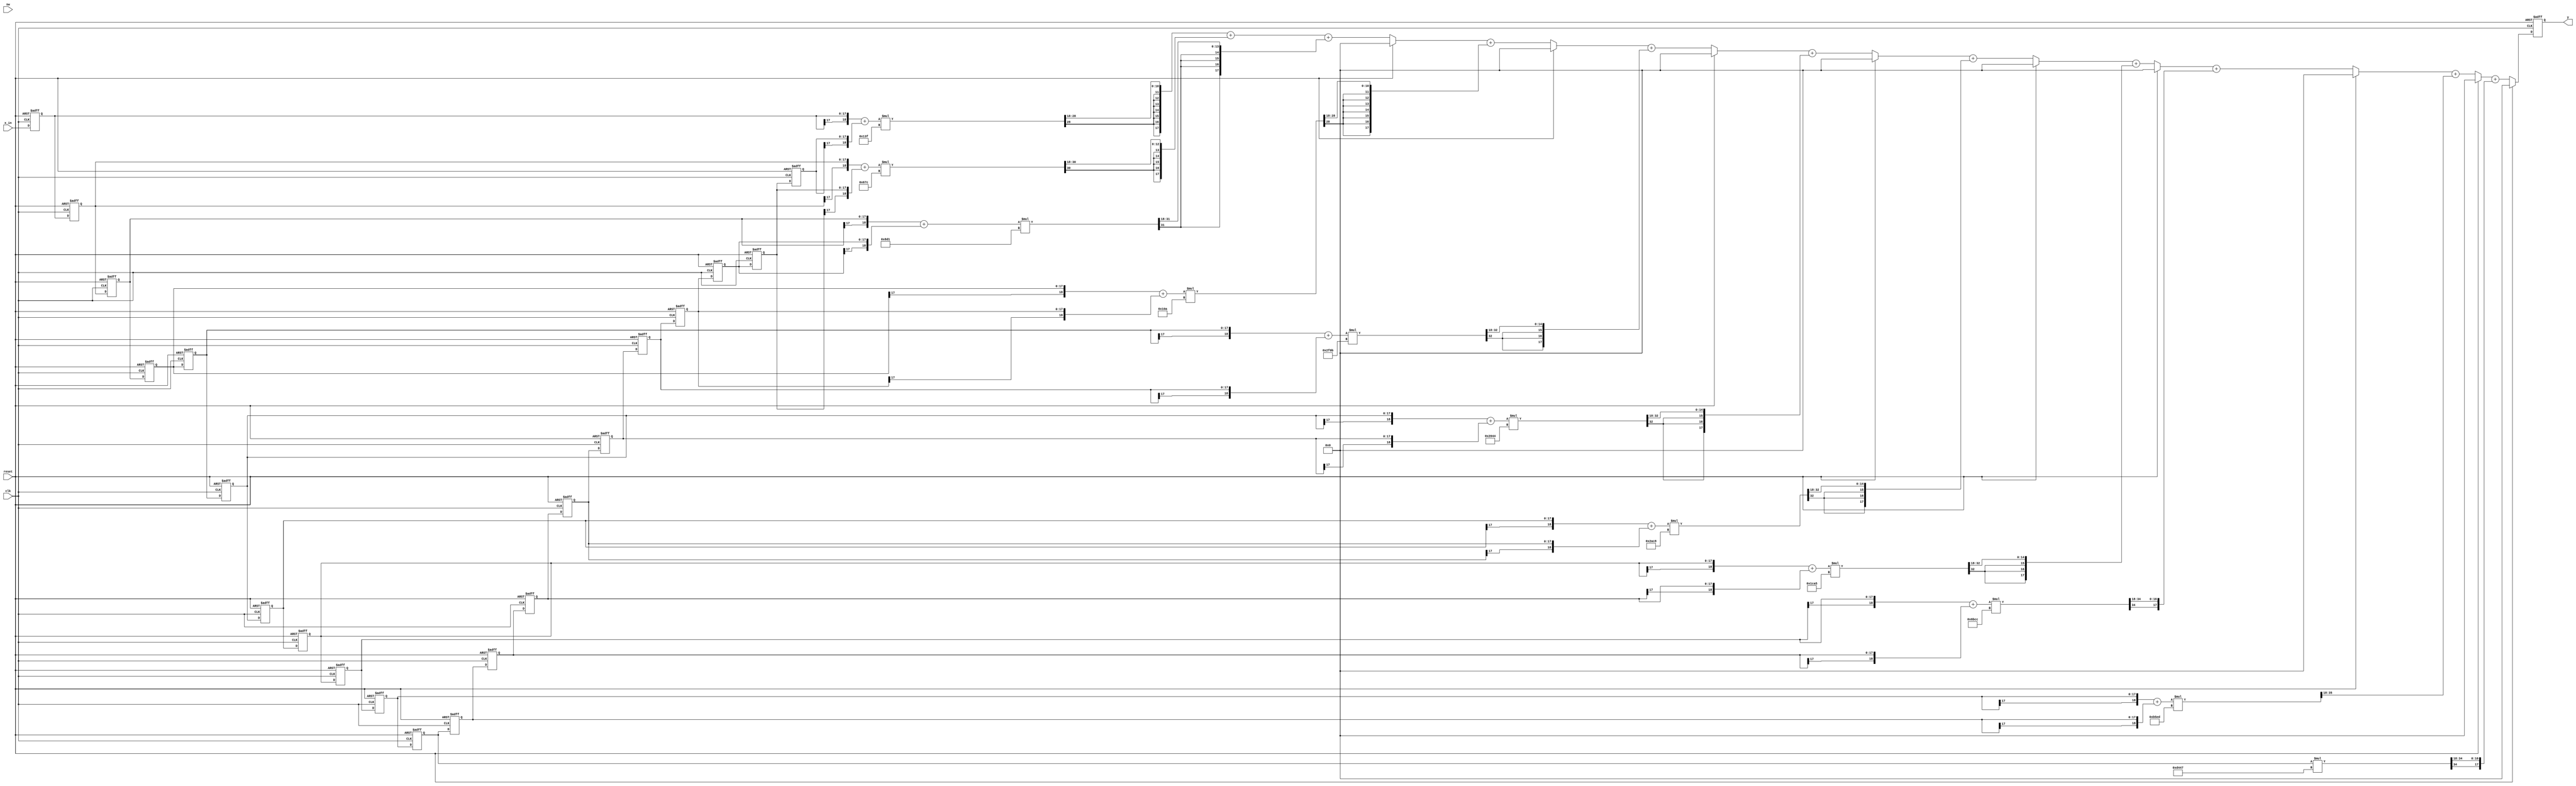
module srrc_filter( input clk, reset,
							input [1:0] sw,
                    input signed [17:0] x_in, //1s17
                    output reg signed [17:0] y); //1s17);



// create array of vectors
integer  i;
reg signed [17:0] x[20:0]; // for 21 coefficients
reg signed [18:0] sum_level_1[10:0];
reg signed [17:0] sum_out[9:0];
reg signed [36:0] mult_out[10:0]; // 1s35 but changed to 2s35
reg signed [17:0] b[10:0]; // coefficients

always @ (posedge clk or posedge reset)
    if(reset)
        x[0] <= 0;
    else
        x[0] <= x_in;

always @ (posedge clk or posedge reset)
    if(reset) 
    begin
        for(i=1; i<21; i=i+1)
            x[i] <= 0;
    end
    else
    begin
        for(i=1; i<21; i=i+1)
            x[i] <= x[i-1];
    end


// add values the require the same coefficients
always @ *
begin
    for(i=0; i<=9; i= i+1)
    sum_level_1[i] <= {x[i][17], x[i]} + {x[20-i][17], x[20-i]}; // sign extend to see whats up 2s17
end

// center value
always @ *
    sum_level_1[10] <= {x[10][17], x[10]};


// multiply by coefficients
always @ *
begin
    for(i=0; i <= 10; i=i+1)
    mult_out[i] <= sum_level_1[i] * b[i]; 
end

// sum up mutlipliers
always @ *
if (reset)
    for (i = 0; i <=9; i=i+1)
        sum_out[i] = 18'sd 0;
else
    begin
        sum_out[0] = mult_out[0][35:18] + mult_out[1][35:18];
        for(i = 0; i <=8 ; i=i+1)
            sum_out[i+1] <= sum_out[i] + mult_out[i+2][35:18]; 
    end
    

always @ (posedge clk or posedge reset)
    if(reset)
        y <= 0;
    else
        y <= sum_out[9];

 


always @ *
begin
	b[0] = 18'sd 319;
	b[1] = 18'sd 1660;
	b[2] = 18'sd 2257;
	b[3] = 18'sd 266;
	b[4] = -18'sd 4341;
	b[5] = -18'sd 8124;
	b[6] = -18'sd 5432;
	b[7] = 18'sd 7333;
	b[8] = 18'sd 27596;
	b[9] = 18'sd 46573;
	b[10] = 18'sd 54343;
	end

initial
begin
	b[0] = 18'sd 319;
	b[1] = 18'sd 1660;
	b[2] = 18'sd 2257;
	b[3] = 18'sd 266;
	b[4] = -18'sd 4341;
	b[5] = -18'sd 8124;
	b[6] = -18'sd 5432;
	b[7] = 18'sd 7333;
	b[8] = 18'sd 27596;
	b[9] = 18'sd 46573;
	b[10] = 18'sd 54343;
	end
endmodule